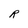
Character: R